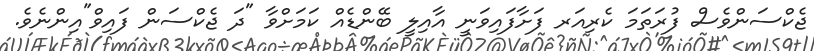
ޖެކްސަންވެސް ފުރަތަމަ ކެރިއަރ ފަށާފައިވަނީ އާއިލީ ބޭންޑެއް ކަމަށްވާ "ދަ ޖެކްސަން ފައިވް"އިންނެވެ.